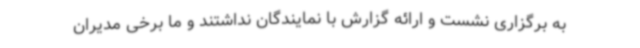
به برگزاری نشست و ارائه گزارش با نمایندگان نداشتند و ما برخی مدیران